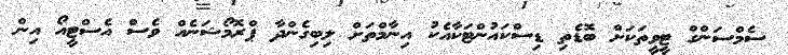
ސެމްސަންގް ޓީވީތަކަށް ބޮޑެތި ޑިސްކައުންޓަކާއެކު އިނާމްތަށް ލިބިގެންދާ ޕްރޮމޯޝަނެއް ވެސް އެސްޓީއޯ އިން